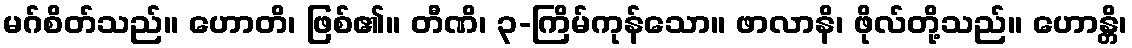
မဂ်စိတ်သည်။ ဟောတိ၊ ဖြစ်၏။ တီဏိ၊ ၃-ကြိမ်ကုန်သော။ ဖာလာနိ၊ ဖိုလ်တို့သည်။ ဟောန္တိ၊